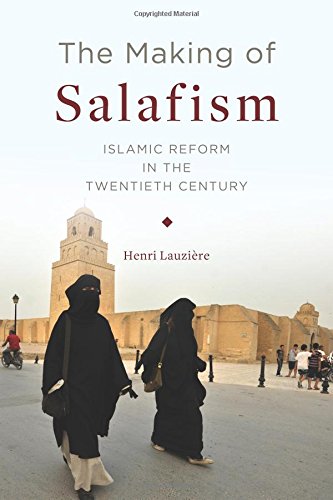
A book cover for The Making of Salafism: Islamic Reform in the Twentieth Century (Religion, Culture, and Public Life); Henri LauziÃ¨re; Religion & Spirituality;